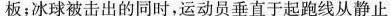
板；冰球被击出的同时，运动员垂直于起跑线从静止